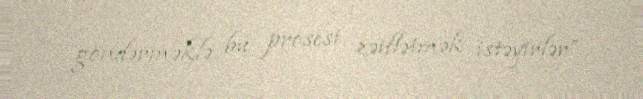
göndərməklə bu prosesi zəiflətmək istəyirlər”.